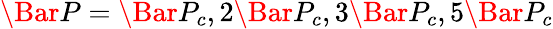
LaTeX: \Bar{P}=\Bar{P}_{c},2\Bar{P}_{c},3\Bar{P}_{c},5\Bar{P}_{c}